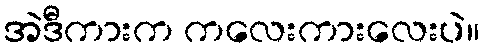
အဲဒီကားက ကလေးကားလေးပဲ။